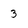
Character: 3